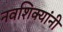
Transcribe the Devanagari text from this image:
नवशिक्यांनी